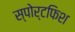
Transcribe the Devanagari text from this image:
स्पोर्टफिश